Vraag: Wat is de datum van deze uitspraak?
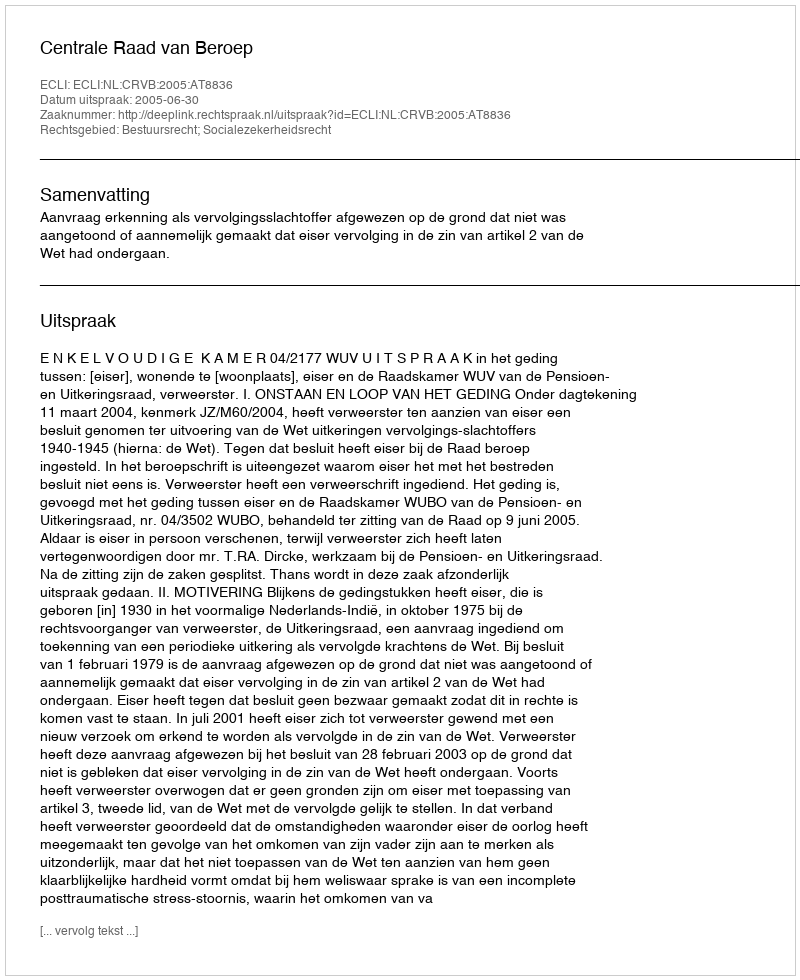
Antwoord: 2005-06-30